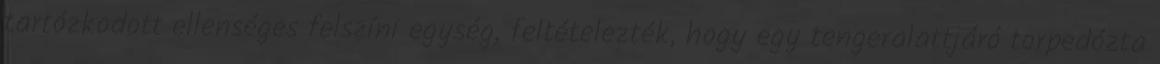
tartózkodott ellenséges felszíni egység, feltételezték, hogy egy tengeralattjáró torpedózta